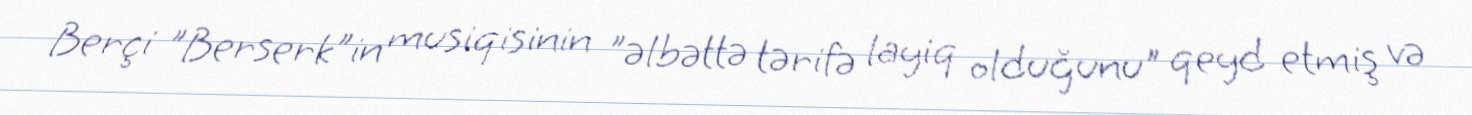
Berçi "Berserk"in musiqisinin "əlbəttə tərifə layiq olduğunu" qeyd etmiş və